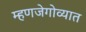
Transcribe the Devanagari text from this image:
म्हणजेगोव्यात